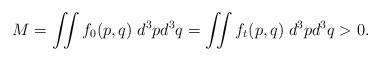
\begin{align*} M = \iint f_0(p,q)\; d^3pd^3q = \iint f_t(p,q)\; d^3pd^3q > 0. \end{align*}